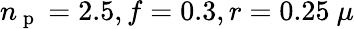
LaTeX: n_{\mathrm{~p~}}=2.5,f=0.3,r=0.25~\mu